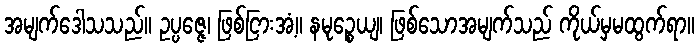
အမျက်ဒေါသသည်။ ဥပ္ပဇ္ဇေ၊ ဖြစ်ငြားအံ့။ နမုဉ္စေယျ၊ ဖြစ်သောအမျက်သည် ကိုယ်မှမထွက်ရာ။